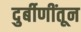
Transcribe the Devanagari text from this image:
दुर्बीणींतून